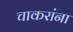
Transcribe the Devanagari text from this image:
चाकरांना